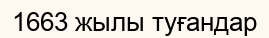
1663 жылы туғандар